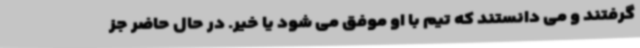
گرفتند و می دانستند که تیم با او موفق می شود یا خیر. در حال حاضر جز